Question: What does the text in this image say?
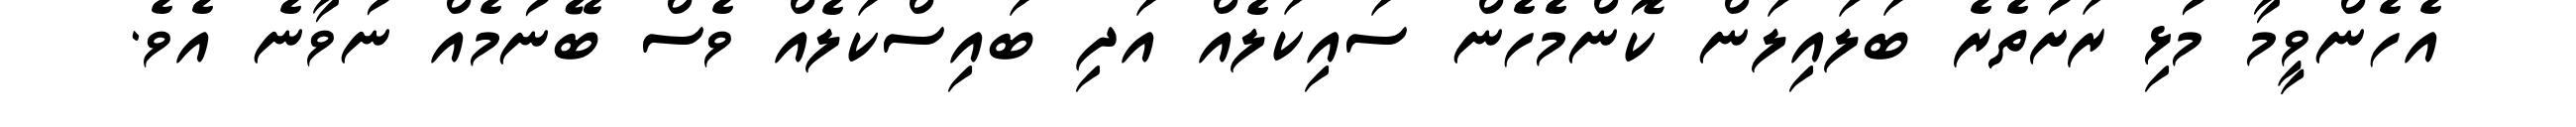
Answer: އެހެންވީމާ މުޅި ރަށުތެރެ ބަލައިލަން ކޮންމެހެން ސައިކަލެއް އަދި ބައިސްކަލެއް ވެސް ބޭނުމެއް ނުވާނެ އެވެ.